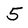
Character: 5